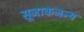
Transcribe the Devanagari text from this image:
सूजाकजन्य